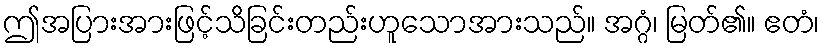
ဤအပြားအားဖြင့်သိခြင်းတည်းဟူသောအားသည်။ အဂ္ဂံ၊ မြတ်၏။ ဧတံ၊